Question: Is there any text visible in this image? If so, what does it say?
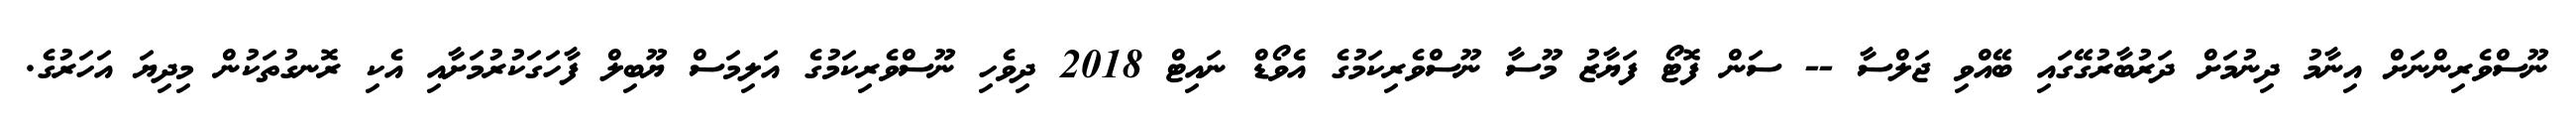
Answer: ނޫސްވެރިންނަށް އިނާމު ދިނުމަށް ދަރުބާރުގޭގައި ބޭއްވި ޖަލްސާ -- ސަން ފޮޓޯ ފަޔާޒު މޫސާ ނޫސްވެރިކަމުގެ އެވޯޑް ނައިޓް 2018 ދިވެހި ނޫސްވެރިކަމުގެ އަލިމަސް ޔޫބިލް ފާހަގަކުރުމަށާއި އެކި ރޮނގުތަކުން މިދިޔަ އަހަރުގެ.